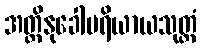
အတ္ထိနုခေါပရိယာယသုတ္တံ